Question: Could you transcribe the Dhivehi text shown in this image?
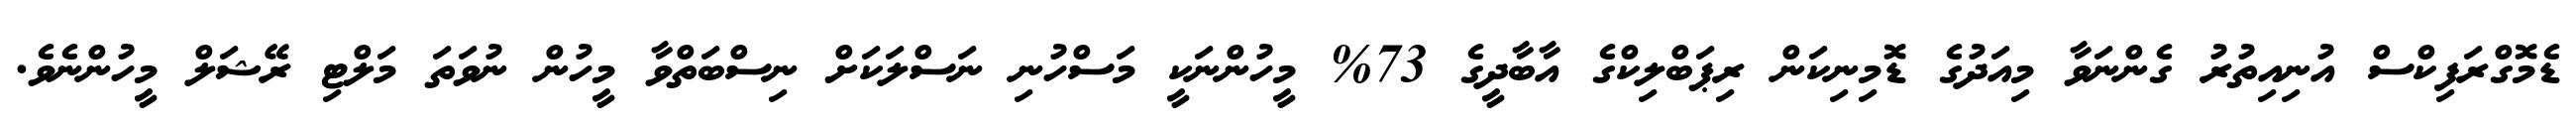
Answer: ޑެމޮގްރަފިކްސް އުނިއިތުރު ގެންނަވާ މިއަދުގެ ޑޮމިނިކަން ރިޕަބްލިކްގެ އާބާދީގެ 73% މީހުންނަކީ މަސްހުނި ނަސްލަކަށް ނިސްބަތްވާ މީހުން ނުވަތަ މަލްޓި ރޭޝަލް މީހުންނެވެ.